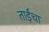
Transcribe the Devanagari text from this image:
ताईंचा